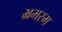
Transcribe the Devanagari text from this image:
भ्रमरम